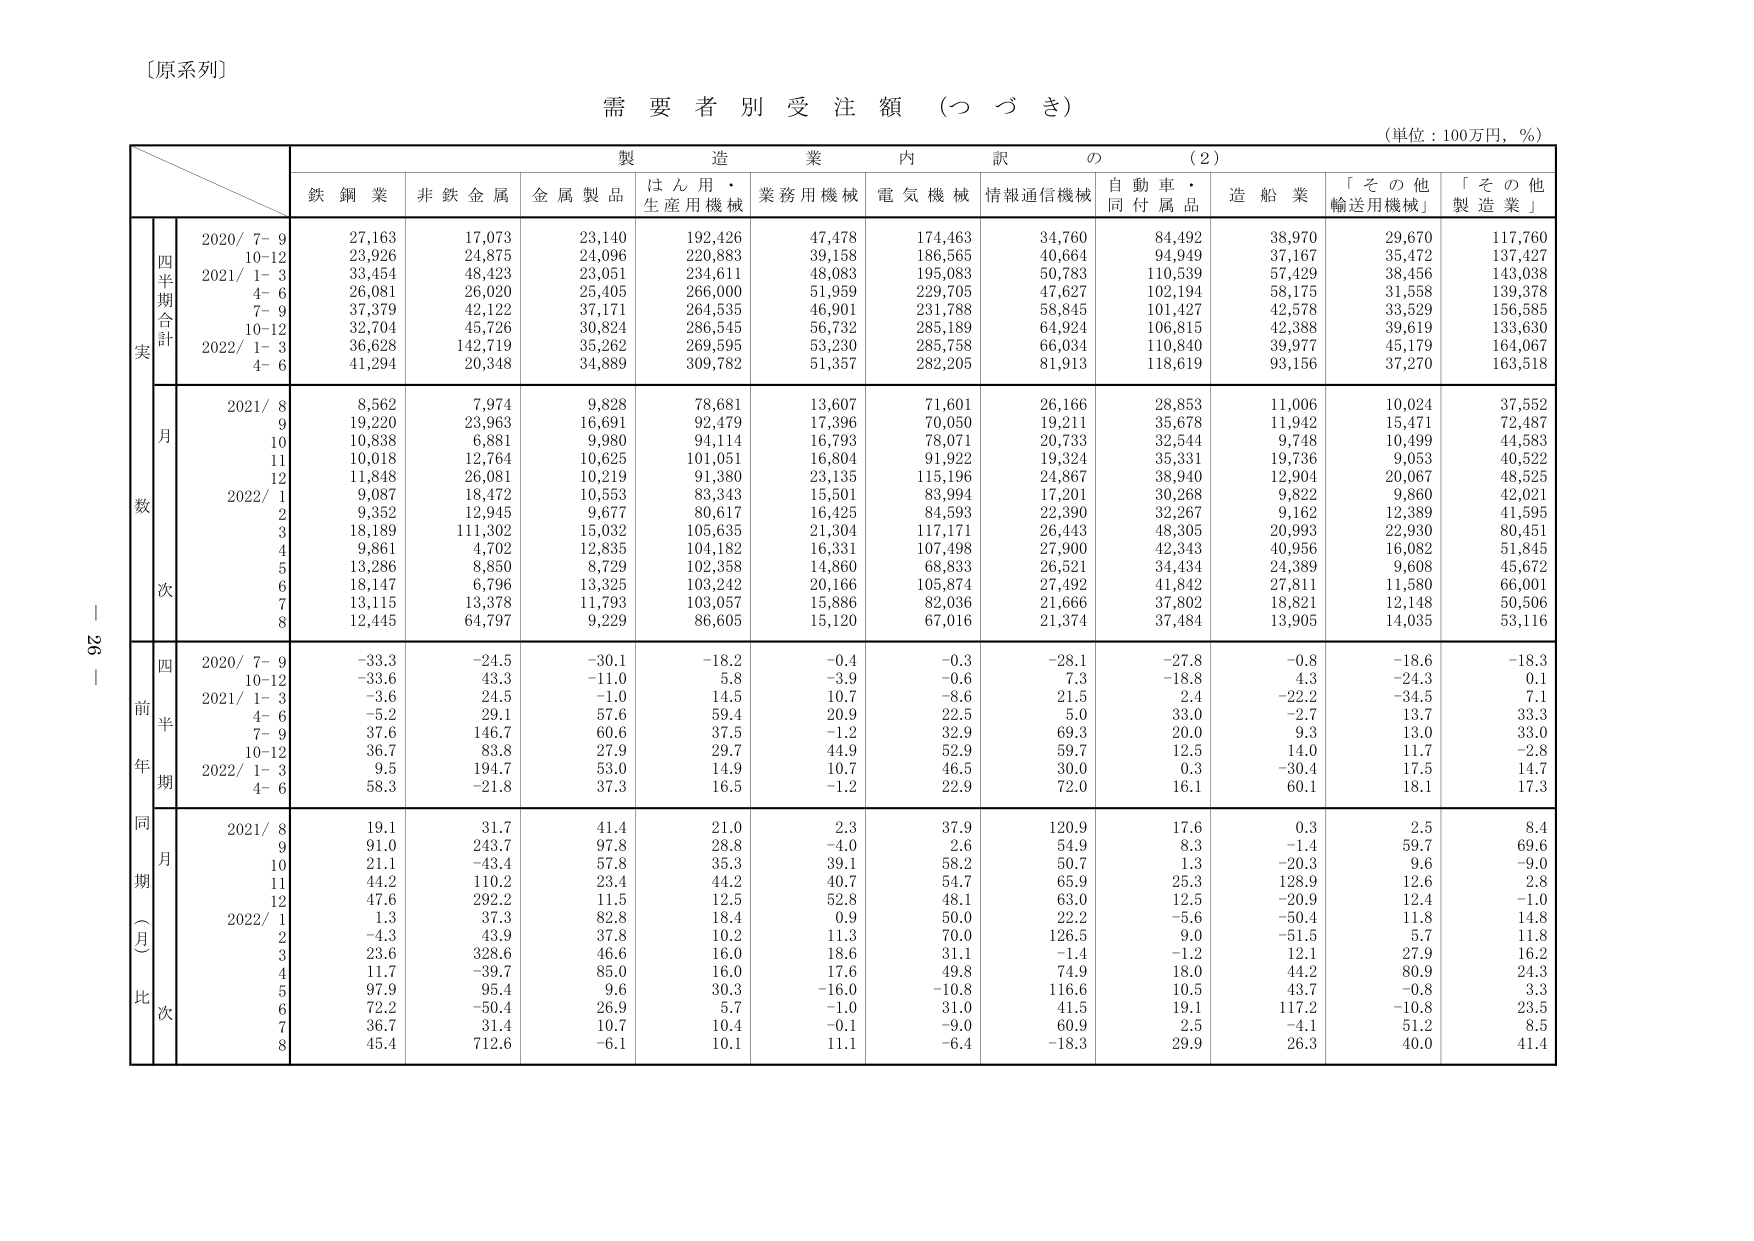
〔原系列〕

需要者別受注額（つづき）

（単位：100万円，％）

製造業内訳の（2）

鉄鋼業　非鉄金属　金属製品　はん用・生産用機械　業務用機械　電気機械　情報通信機械　自動車・同付属品　造船業　「その他輸送用機械」　「その他製造業」

実数

四半期合計

2020/ 7–9　27,163　17,073　23,140　192,426　47,478　174,463　34,760　84,492　38,970　29,670　117,760

　　　10–12　23,926　24,875　24,096　220,883　39,158　186,565　40,664　94,949　37,167　35,472　137,427

2021/ 1–3　33,454　48,423　23,051　234,611　48,083　195,083　50,783　110,539　57,429　38,456　143,038

　　　4–6　26,081　26,020　25,405　266,000　51,959　229,705　47,627　102,194　58,175　31,558　139,378

　　　7–9　37,379　42,122　37,171　264,535　46,901　231,788　58,845　101,427　42,578　33,529　156,585

　　　10–12　32,704　45,726　30,824　286,545　56,732　285,189　64,924　106,815　42,388　39,619　133,630

2022/ 1–3　36,628　142,719　35,262　269,595　53,230　285,758　66,034　110,840　39,977　45,179　164,067

　　　4–6　41,294　20,348　34,889　309,782　51,357　282,205　81,913　118,619　93,156　37,270　163,518

月次

2021/ 8　8,562　7,974　9,828　78,681　13,607　71,601　26,166　28,853　11,006　10,024　37,552

　　　9　19,220　23,963　16,691　92,479　17,396　70,050　19,211　35,678　11,942　15,471　72,487

　　　10　10,838　6,881　9,980　94,114　16,793　78,071　20,733　32,544　9,748　10,499　44,583

　　　11　10,018　12,764　10,625　101,051　16,804　91,922　19,324　35,331　19,736　9,053　40,522

　　　12　11,848　26,081　10,219　91,380　23,135　115,196　24,867　38,940　12,904　20,067　48,525

2022/ 1　9,087　18,472　10,553　83,343　15,501　83,994　17,201　30,268　9,822　9,860　42,021

　　　2　9,352　12,945　9,677　80,617　16,425　84,593　22,390　32,267　9,162　12,389　41,595

　　　3　18,189　111,302　15,032　105,635　21,304　117,171　26,443　48,305　20,993　22,930　80,451

　　　4　9,861　4,702　12,835　104,182　16,331　107,498　27,900　42,343　40,956　16,082　51,845

　　　5　13,286　8,850　8,729　102,358　14,860　68,833　26,521　34,434　24,389　9,608　45,672

　　　6　18,147　6,796　13,325　103,242　20,166　105,874　27,492　41,842　27,811　11,580　66,001

　　　7　13,115　13,378　11,793　103,057　15,886　82,036　21,666　37,802　18,821　12,148　50,506

　　　8　12,445　64,797　9,229　86,605　15,120　67,016　21,374　37,484　13,905　14,035　53,116

前年同期

四半期

2020/ 7–9　−33.3　−24.5　−30.1　−18.2　−0.4　−0.3　−28.1　−27.8　−0.8　−18.6　−18.3

　　　10–12　−33.6　43.3　−11.0　5.8　−3.9　−0.6　7.3　−18.8　4.3　−24.3　0.1

2021/ 1–3　−3.6　24.5　−1.0　14.5　10.7　−8.6　21.5　2.4　−22.2　−34.5　7.1

　　　4–6　−5.2　29.1　57.6　59.4　20.9　22.5　5.0　33.0　−2.7　13.7　33.3

　　　7–9　37.6　146.7　60.6　37.5　−1.2　32.9　69.3　20.0　9.3　13.0　33.0

　　　10–12　36.7　83.8　27.9　29.7　44.9　52.9　59.7　12.5　14.0　11.7　−2.8

2022/ 1–3　9.5　194.7　53.0　14.9　10.7　46.5　30.0　0.3　−30.4　17.5　14.7

　　　4–6　58.3　−21.8　37.3　16.5　−1.2　22.9　72.0　16.1　60.1　18.1　17.3

同期（月比）次

2021/ 8　19.1　31.7　41.4　21.0　2.3　37.9　120.9　17.6　0.3　2.5　8.4

　　　9　91.0　243.7　97.8　28.8　−4.0　2.6　54.9　8.3　−1.4　59.7　69.6

　　　10　21.1　−43.4　57.8　35.3　39.1　58.2　50.7　1.3　−20.3　9.6　−9.0

　　　11　44.2　110.2　23.4　44.2　40.7　54.7　65.9　25.3　128.9　12.6　2.8

　　　12　47.6　292.2　11.5　12.5　52.8　48.1　63.0　12.5　−20.9　12.4　−1.0

2022/ 1　1.3　37.3　82.8　18.4　0.9　50.0　22.2　−5.6　−50.4　11.8　14.8

　　　2　−4.3　43.9　37.8　10.2　11.3　70.0　126.5　9.0　−51.5　5.7　11.8

　　　3　23.6　328.6　46.6　16.0　18.6　31.1　−1.4　−1.2　12.1　27.9　16.2

　　　4　11.7　−39.7　85.0　16.0　17.6　49.8　74.9　18.0　44.2　80.9　24.3

　　　5　97.9　95.4　9.6　30.3　−16.0　−10.8　116.6　10.5　43.7　−0.8　3.3

　　　6　72.2　−50.4　26.9　5.7　−1.0　31.0　41.5　19.1　117.2　−10.8　23.5

　　　7　36.7　31.4　10.7　10.4　−0.1　−9.0　60.9　2.5　−4.1　51.2　8.5

　　　8　45.4　712.6　−6.1　10.1　11.1　−6.4　−18.3　29.9　26.3　40.0　41.4

— 26 —